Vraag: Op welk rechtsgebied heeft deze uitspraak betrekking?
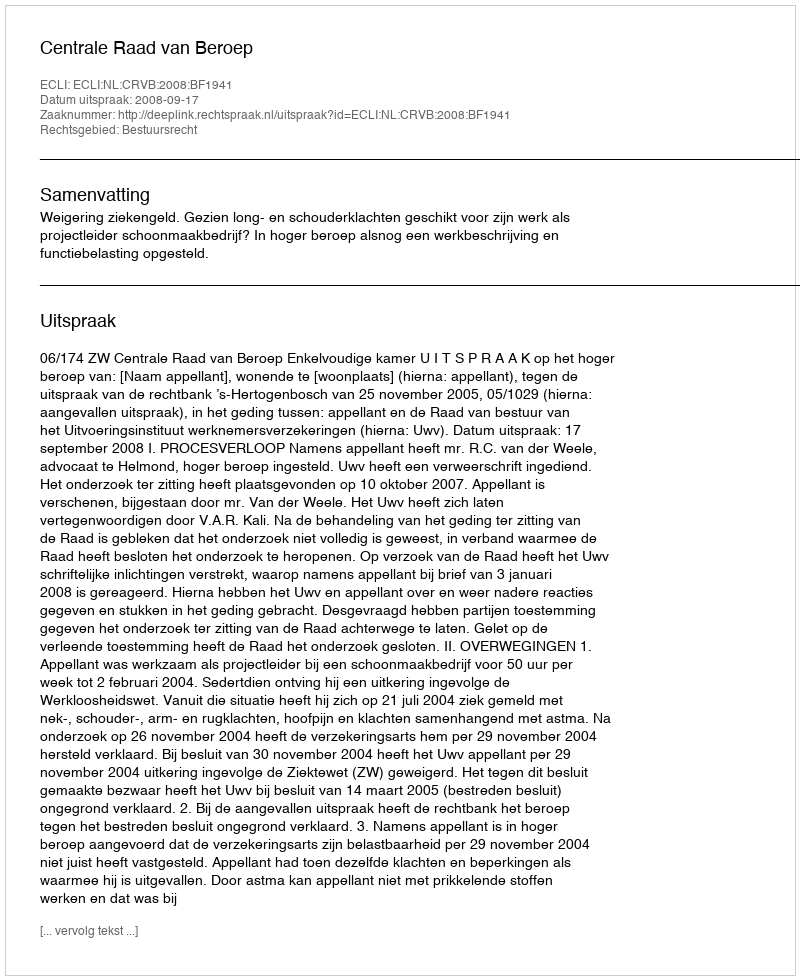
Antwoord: Bestuursrecht